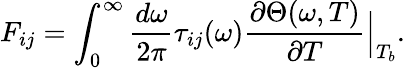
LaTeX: F_{ij}=\int_{0}^{\infty}\frac{d\omega}{2\pi}\tau_{ij}(\omega)\frac{\partial\Theta(\omega,T)}{\partial T}{\Big|}_{T_{b}}.